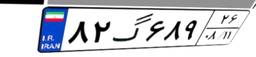
۸۲گ۶۸۹۲۶